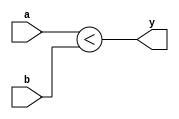
module compare (
  output reg  y,
  input [3:0] a,
  input [3:0] b
);

always @(*) begin
  y = a < b;
end
endmodule